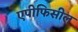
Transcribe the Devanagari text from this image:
एपीफिसील